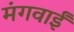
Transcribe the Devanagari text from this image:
मंगवाईं